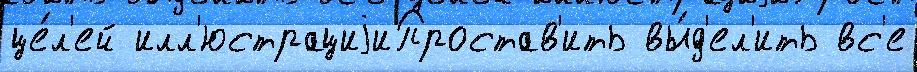
це́л'ей илл'юстрациjиПростав'ить вы́д'ел'ить вс'е